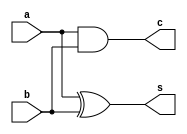
`timescale 1ns / 1ps

module HA(
    input a,b,
    output s,c
    );
    
    xor x1(s,a,b);
    and a1(c,a,b);
    
endmodule

`timescale 1ns / 1ps

module Two_bit_Mult(
    a0,a1,b0,b1,q0,q1,q2,q3
    );
    input a0,a1,b0,b1;
    output q0,q1,q2,q3;
    
    wire w0,w1,w2,w3,c1,c2;
    
    and A0(w0,a0,b0);
    and A1(w1,a1,b0);
    and A2(w2,a0,b1);
    and A3(w3,a1,b1);
    
    assign q0 = w0;
    HA ha1(w1,w2,q1,c1);
    HA ha2(w3,c1,q2,q3);
    
endmodule

`timescale 1ns / 1ps
module Two_bit_mult_tb;

reg A0,A1,B0,B1;
wire Q0,Q1,Q2,Q3;

Two_bit_Mult one(
    A0,A1,B0,B1,Q0,Q1,Q2,Q3
    );
    
initial
begin

#10
A1 = 0; A0 = 0; B1 = 0; B0 = 0;
#10
A1 = 0; A0 = 0; B1 = 0; B0 = 1;
#10
A1 = 0; A0 = 0; B1 = 1; B0 = 0;
#10
A1 = 0; A0 = 0; B1 = 1; B0 = 1;
#10
A1 = 0; A0 = 1; B1 = 0; B0 = 0;
#10
A1 = 0; A0 = 1; B1 = 0; B0 = 1;
#10
A1 = 0; A0 = 1; B1 = 1; B0 = 0;
#10
A1 = 0; A0 = 1; B1 = 1; B0 = 1;
#10
A1 = 1; A0 = 0; B1 = 0; B0 = 0;
#10
A1 = 1; A0 = 0; B1 = 0; B0 = 1;
#10
A1 = 1; A0 = 0; B1 = 1; B0 = 0;
#10
A1 = 1; A0 = 0; B1 = 1; B0 = 1;
#10
A1 = 1; A0 = 1; B1 = 0; B0 = 0;
#10
A1 = 1; A0 = 1; B1 = 0; B0 = 1;
#10
A1 = 1; A0 = 1; B1 = 1; B0 = 0;
#10
A1 = 1; A0 = 1; B1 = 1; B0 = 1;

#10 $finish;

end
    
endmodule